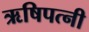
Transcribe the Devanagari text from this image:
ऋषिपत्नी